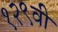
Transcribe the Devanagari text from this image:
१२९वी